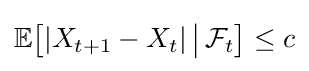
\mathbb {E} {\bigl [}|X_{t+1}-X_{t}|\,{\big \vert }\,{\mathcal {F}}_{t}{\bigr ]}\leq c